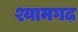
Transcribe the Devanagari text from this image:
श्यामगढ़